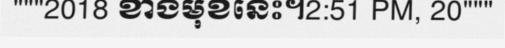
"""2018 ខាងមុខនេះ។2:51 PM, 20"""